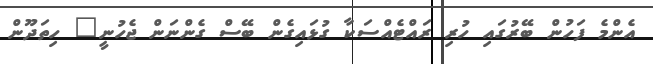
އެންމެ ފަހުން ބޭރުގައި ހުރި ރައްޓެއްސަކާ ގުޅައިގެން ބޭސް ގެންނަން ޖެހުނީ" ހިތަދޫން